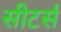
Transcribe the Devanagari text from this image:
सीटर्स